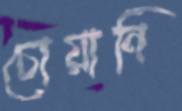
চোয়ানি